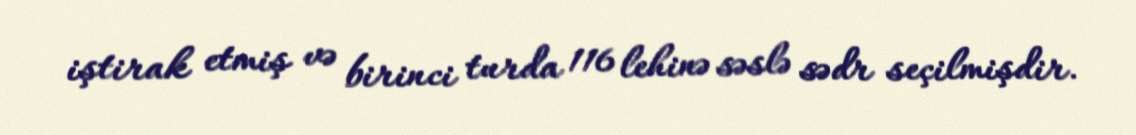
iştirak etmiş və birinci turda 116 lehinə səslə sədr seçilmişdir.